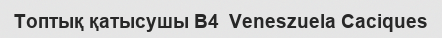
Топтық қатысушы B4  Veneszuela Caciques